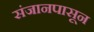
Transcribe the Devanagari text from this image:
संजानपासून